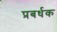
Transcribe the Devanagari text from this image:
प्रबर्धक